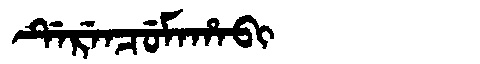
Manchu: ᡩᡝᡵᡝᠨᠴᡠᠮᠠᡥᠠᠪᡳ
Romanization: DERENCUMAHABI